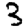
Digit: 3